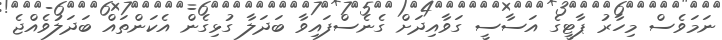
ނަމަވެސް މިހާރު ޕާޓީގެ އަސާސީ ގަވާއިދަށް ގެނެސްފައިވާ ބަދަލާ ގުޅިގެން އެކަންތައް ބަދަލުވެއްޖެ